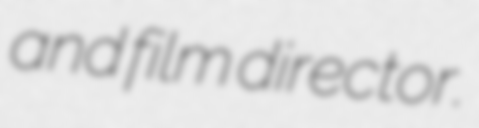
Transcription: and film director.